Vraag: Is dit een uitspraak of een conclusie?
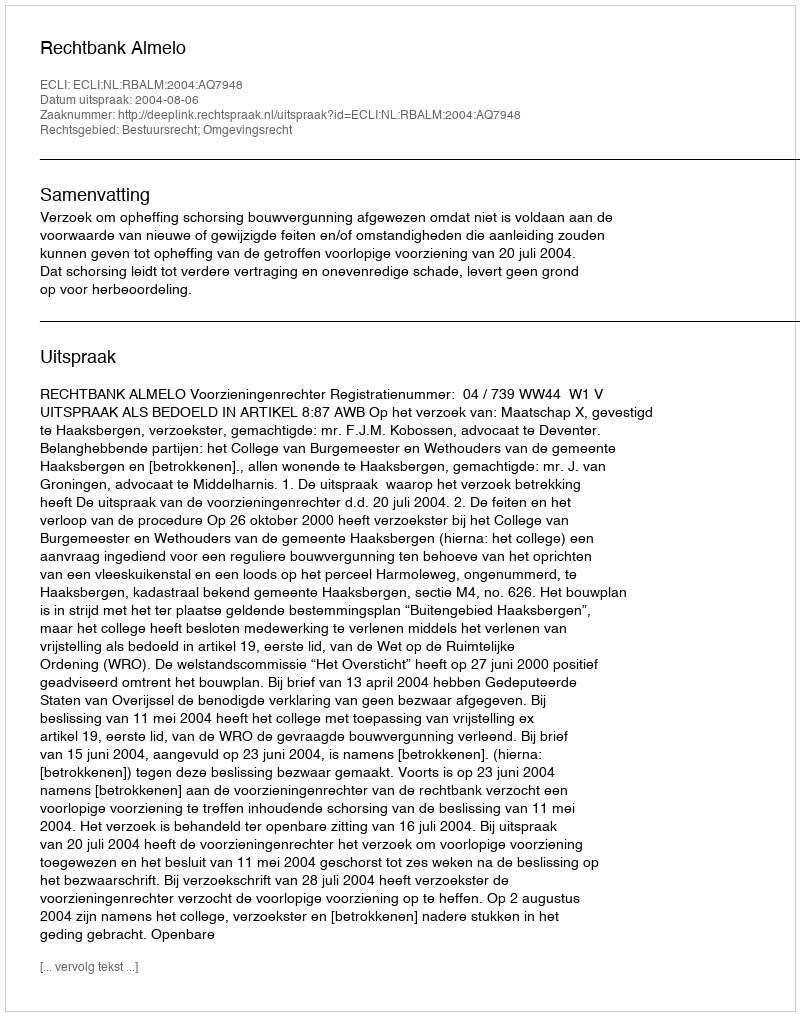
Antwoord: Uitspraak